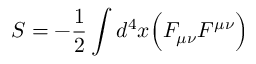
S = - { \frac { 1 } { 2 } } \int d ^ { 4 } x { \Big ( } F _ { \mu \nu } F ^ { \mu \nu } { \Big ) }